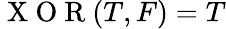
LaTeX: \mathrm{~X~O~R~}(T,F)=T